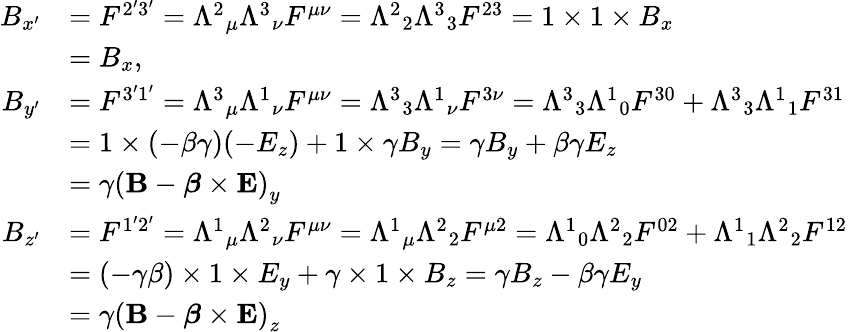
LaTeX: {\begin{array}{rl}{B_{x^{\prime}}}&{=F^{2^{\prime}3^{\prime}}={\Lambda^{2}}_{\mu}{\Lambda^{3}}_{\nu}F^{\mu\nu}={\Lambda^{2}}_{2}{\Lambda^{3}}_{3}F^{23}=1\times 1\times B_{x}}\\ &{=B_{x},}\\ {B_{y^{\prime}}}&{=F^{3^{\prime}1^{\prime}}={\Lambda^{3}}_{\mu}{\Lambda^{1}}_{\nu}F^{\mu\nu}={\Lambda^{3}}_{3}{\Lambda^{1}}_{\nu}F^{3\nu}={\Lambda^{3}}_{3}{\Lambda^{1}}_{0}F^{30}+{\Lambda^{3}}_{3}{\Lambda^{1}}_{1}F^{31}}\\ &{=1\times(-\beta\gamma)(-E_{z})+1\times\gamma B_{y}=\gamma B_{y}+\beta\gamma E_{z}}\\ &{=\gamma\left(\mathbf{B}-{\boldsymbol{\beta}}\times\mathbf{E}\right)_{y}}\\ {B_{z^{\prime}}}&{=F^{1^{\prime}2^{\prime}}={\Lambda^{1}}_{\mu}{\Lambda^{2}}_{\nu}F^{\mu\nu}={\Lambda^{1}}_{\mu}{\Lambda^{2}}_{2}F^{\mu 2}={\Lambda^{1}}_{0}{\Lambda^{2}}_{2}F^{02}+{\Lambda^{1}}_{1}{\Lambda^{2}}_{2}F^{12}}\\ &{=(-\gamma\beta)\times 1\times E_{y}+\gamma\times 1\times B_{z}=\gamma B_{z}-\beta\gamma E_{y}}\\ &{=\gamma\left(\mathbf{B}-{\boldsymbol{\beta}}\times\mathbf{E}\right)_{z}}\end{array}}